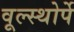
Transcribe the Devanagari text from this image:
वूल्स्थोर्पे